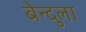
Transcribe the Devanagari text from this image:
बेन्दुला